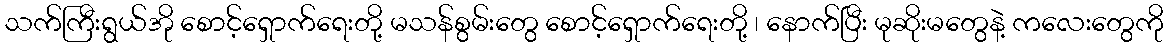
သက်ကြီးရွယ်အို စောင့်ရှောက်ရေးတို့ မသန်စွမ်းတွေ စောင့်ရှောက်ရေးတို့ ၊ နောက်ပြီး မုဆိုးမတွေနဲ့ ကလေးတွေကို